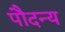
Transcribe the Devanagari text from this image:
पौदन्य